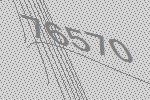
76570